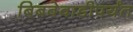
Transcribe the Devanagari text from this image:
बिबवेवाडीपर्यंत